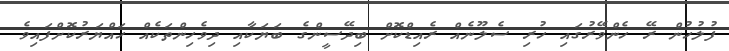
ފުލުހުން ރޭ ހެންވޭރުގައި ހުރި ސެލޫނެއް ރެއިޑްކޮށް ބިދޭސީންގެ ބަޔަކާއި ދިވެހިންތަކެއް ހައްޔަރުކޮށްފައިވެ